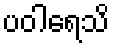
ပဝါရေသိ